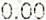
0.00